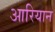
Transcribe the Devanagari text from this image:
आरियान